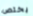
يختص